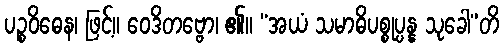
ပဉ္စဝိဓေန၊ ဖြင့်။ ဝေဒိတဗ္ဗော၊ ၏။ “အယံ သမာဓိပစ္စုပ္ပန္န သုခေါ”တိ